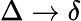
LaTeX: \Delta\rightarrow\delta